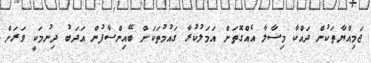
ޖަމިއްޔާތަކުން ދައްކާ މިސާލާ އެއްގޮތަށް އަމަލުކުރާ ގައުމުތަކަށް ބޭއިންސާފުން އަދަބު ދިނުމަކީ ވަރަށް